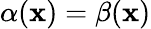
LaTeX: \alpha(\mathbf{x})=\beta(\mathbf{x})